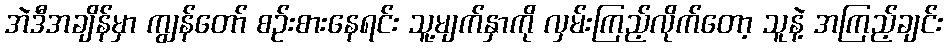
အဲဒီအချိန်မှာ ကျွန်တော် စဉ်းစားနေရင်း သူ့မျက်နှာကို လှမ်းကြည့်လိုက်တော့ သူနဲ့ အကြည့်ချင်း